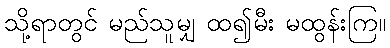
သို့ရာတွင် မည်သူမျှ ထ၍မီး မထွန်းကြ။